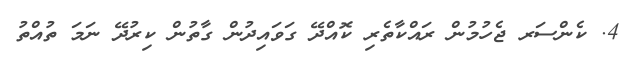
4. ކެންސަރ ޖެހުމުން ރައްކާތެރި ކޮއްދޭ ގަވައިދުން ގާތުން ކިރުދޭ ނަމަ ތުއްތު